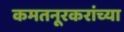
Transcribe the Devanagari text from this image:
कमतनूरकरांच्या